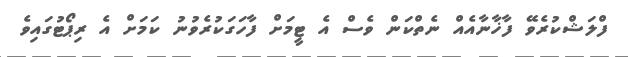
ފްލަޝްކުރެވޭ ފާޚާނާއެއް ނެތްކަން ވެސް އެ ޓީމަށް ފާހަގަކުރެވުނު ކަމަށް އެ ރިޕޯޓުގައިވެ